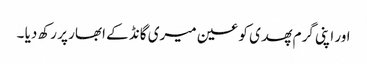
اور اپنی گرم پھدی کو عین میری گانڈ کے ابھار پر رکھ دیا ۔